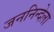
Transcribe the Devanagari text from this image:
जननिन्देला